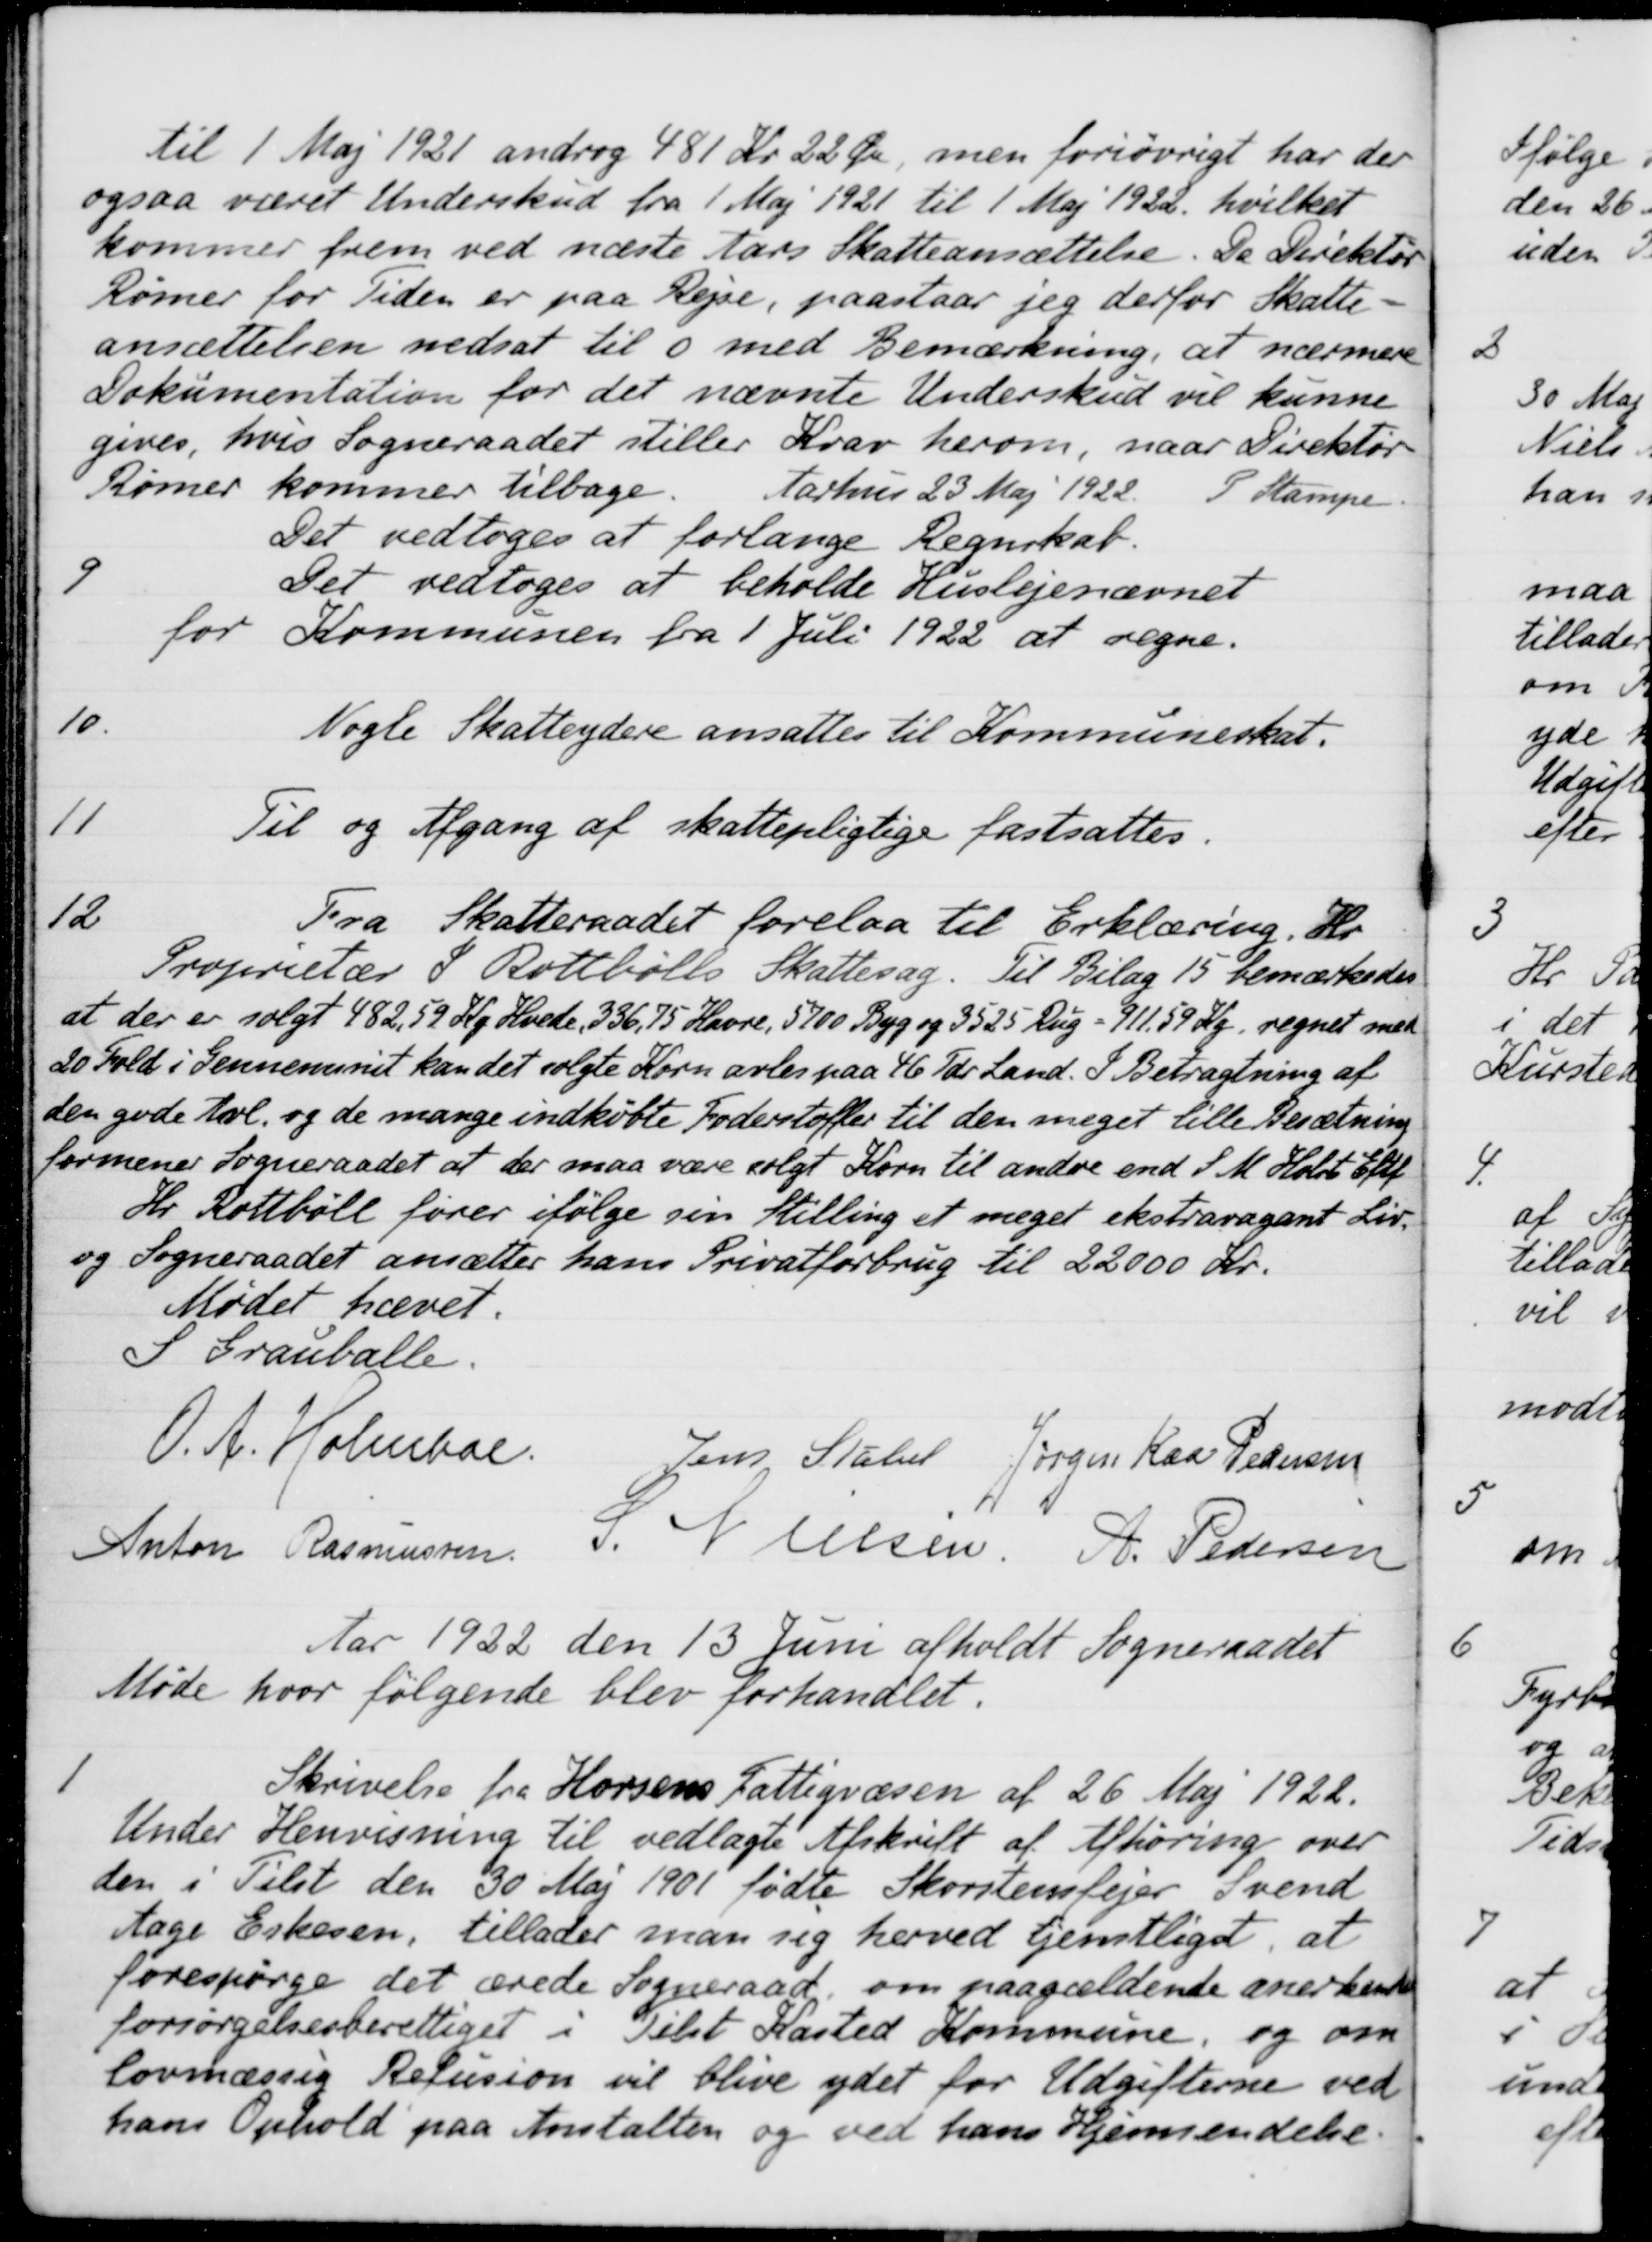
Transskription:
til 1 Maj 1921 androg 481 Kr. 22 Øre, men foriøvrigt har der
ogsaa været Underskud fra 1 Maj 1921 til 1 Maj 1922 hvilket
kommer frem ved næste Aars Skatteansættelse. Da Direktør
Rømer for Tiden er paa Rejse, paastaar jeg derfor Skatte-
ansættelsen nedsat til 0 med Bemærkning, at nærmere
Dokumentation for det nævnte Underskud vil kunne
gives, hvis Sogneraadet stiller Krav herom, naar Direktør
Rømer kommer tilbage. Aarhus 23 Maj 1922. P. Stampe.
Det vedtoges at forlange Regnskab.
9
Det vedtoges at beholde Huslejenævnet
for Kommunen fra 1 Juli 1922 at regne.
10
Nogle Skatteydere ansattes til Kommuneskat.
11
Til og Afgang af skattepligtige fastsattes.
12
Fra Skatteraadet forelaa til Erklæring. Hr.
Proprietær S. Rottbølls Skattesag. Til Bilag 15 bemærkedes
at der er solgt 482,59 Kg Hvede, 336,75 Havre, 5700 Byg og 3525 Rug - 911.59 Kg regnet med
20 Fold i Gennemsnit kan det solgte Korn avles paa 46 Tdr. Land. I Betragtning af
den gode Avl, og de mange indkøbte Foderstoffer til den meget lille Besætning
formener Sogneraadet at der maa være solgt Korn til andre end S. M. Holsts Eftf
Hr. Rottbøll fører ifølge sin tilling et meget ekstraragant Liv,
og Sogneraadet ansætter hans Privatforbrug til 22000 Kr.
Mødet hævet.
S Grauballe.
O.A. Holmboe.
Jens Stabel
Jørgen Kaa Pedersen
Anton Rasmussen
S. Nielsen.
R. Pedersen
Aar 1922 den 13 Juni afholdt Sogneraadet
Møde hvor følgende blev forhandlet.
1
Skrivelse fra Horsens Fattigvæsen af 26 Maj 1922.
Under Henvisning til vedlagte Afskrift af Afhøring over
den i Tilst den 30 Maj 1901 fødte Skorstensfejer Svend
Aage Eskesen, tillader man sig herved tjenstligt, at
forespørge det ærede Sogneraad om paagældende anerkendes
forsørgelsesberettiget i Tilst Kasted Kommune, og om
lovmæssig Refusion vil blive ydet for Udgifterne ved
hans Ophold paa Anstalten og ved hans Hjemsendelse.